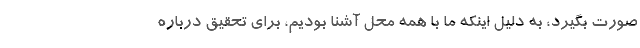
صورت بگیرد، به دلیل اینکه ما با همه محل آشنا بودیم، برای تحقیق درباره